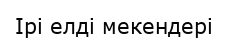
Ірі елді мекендері